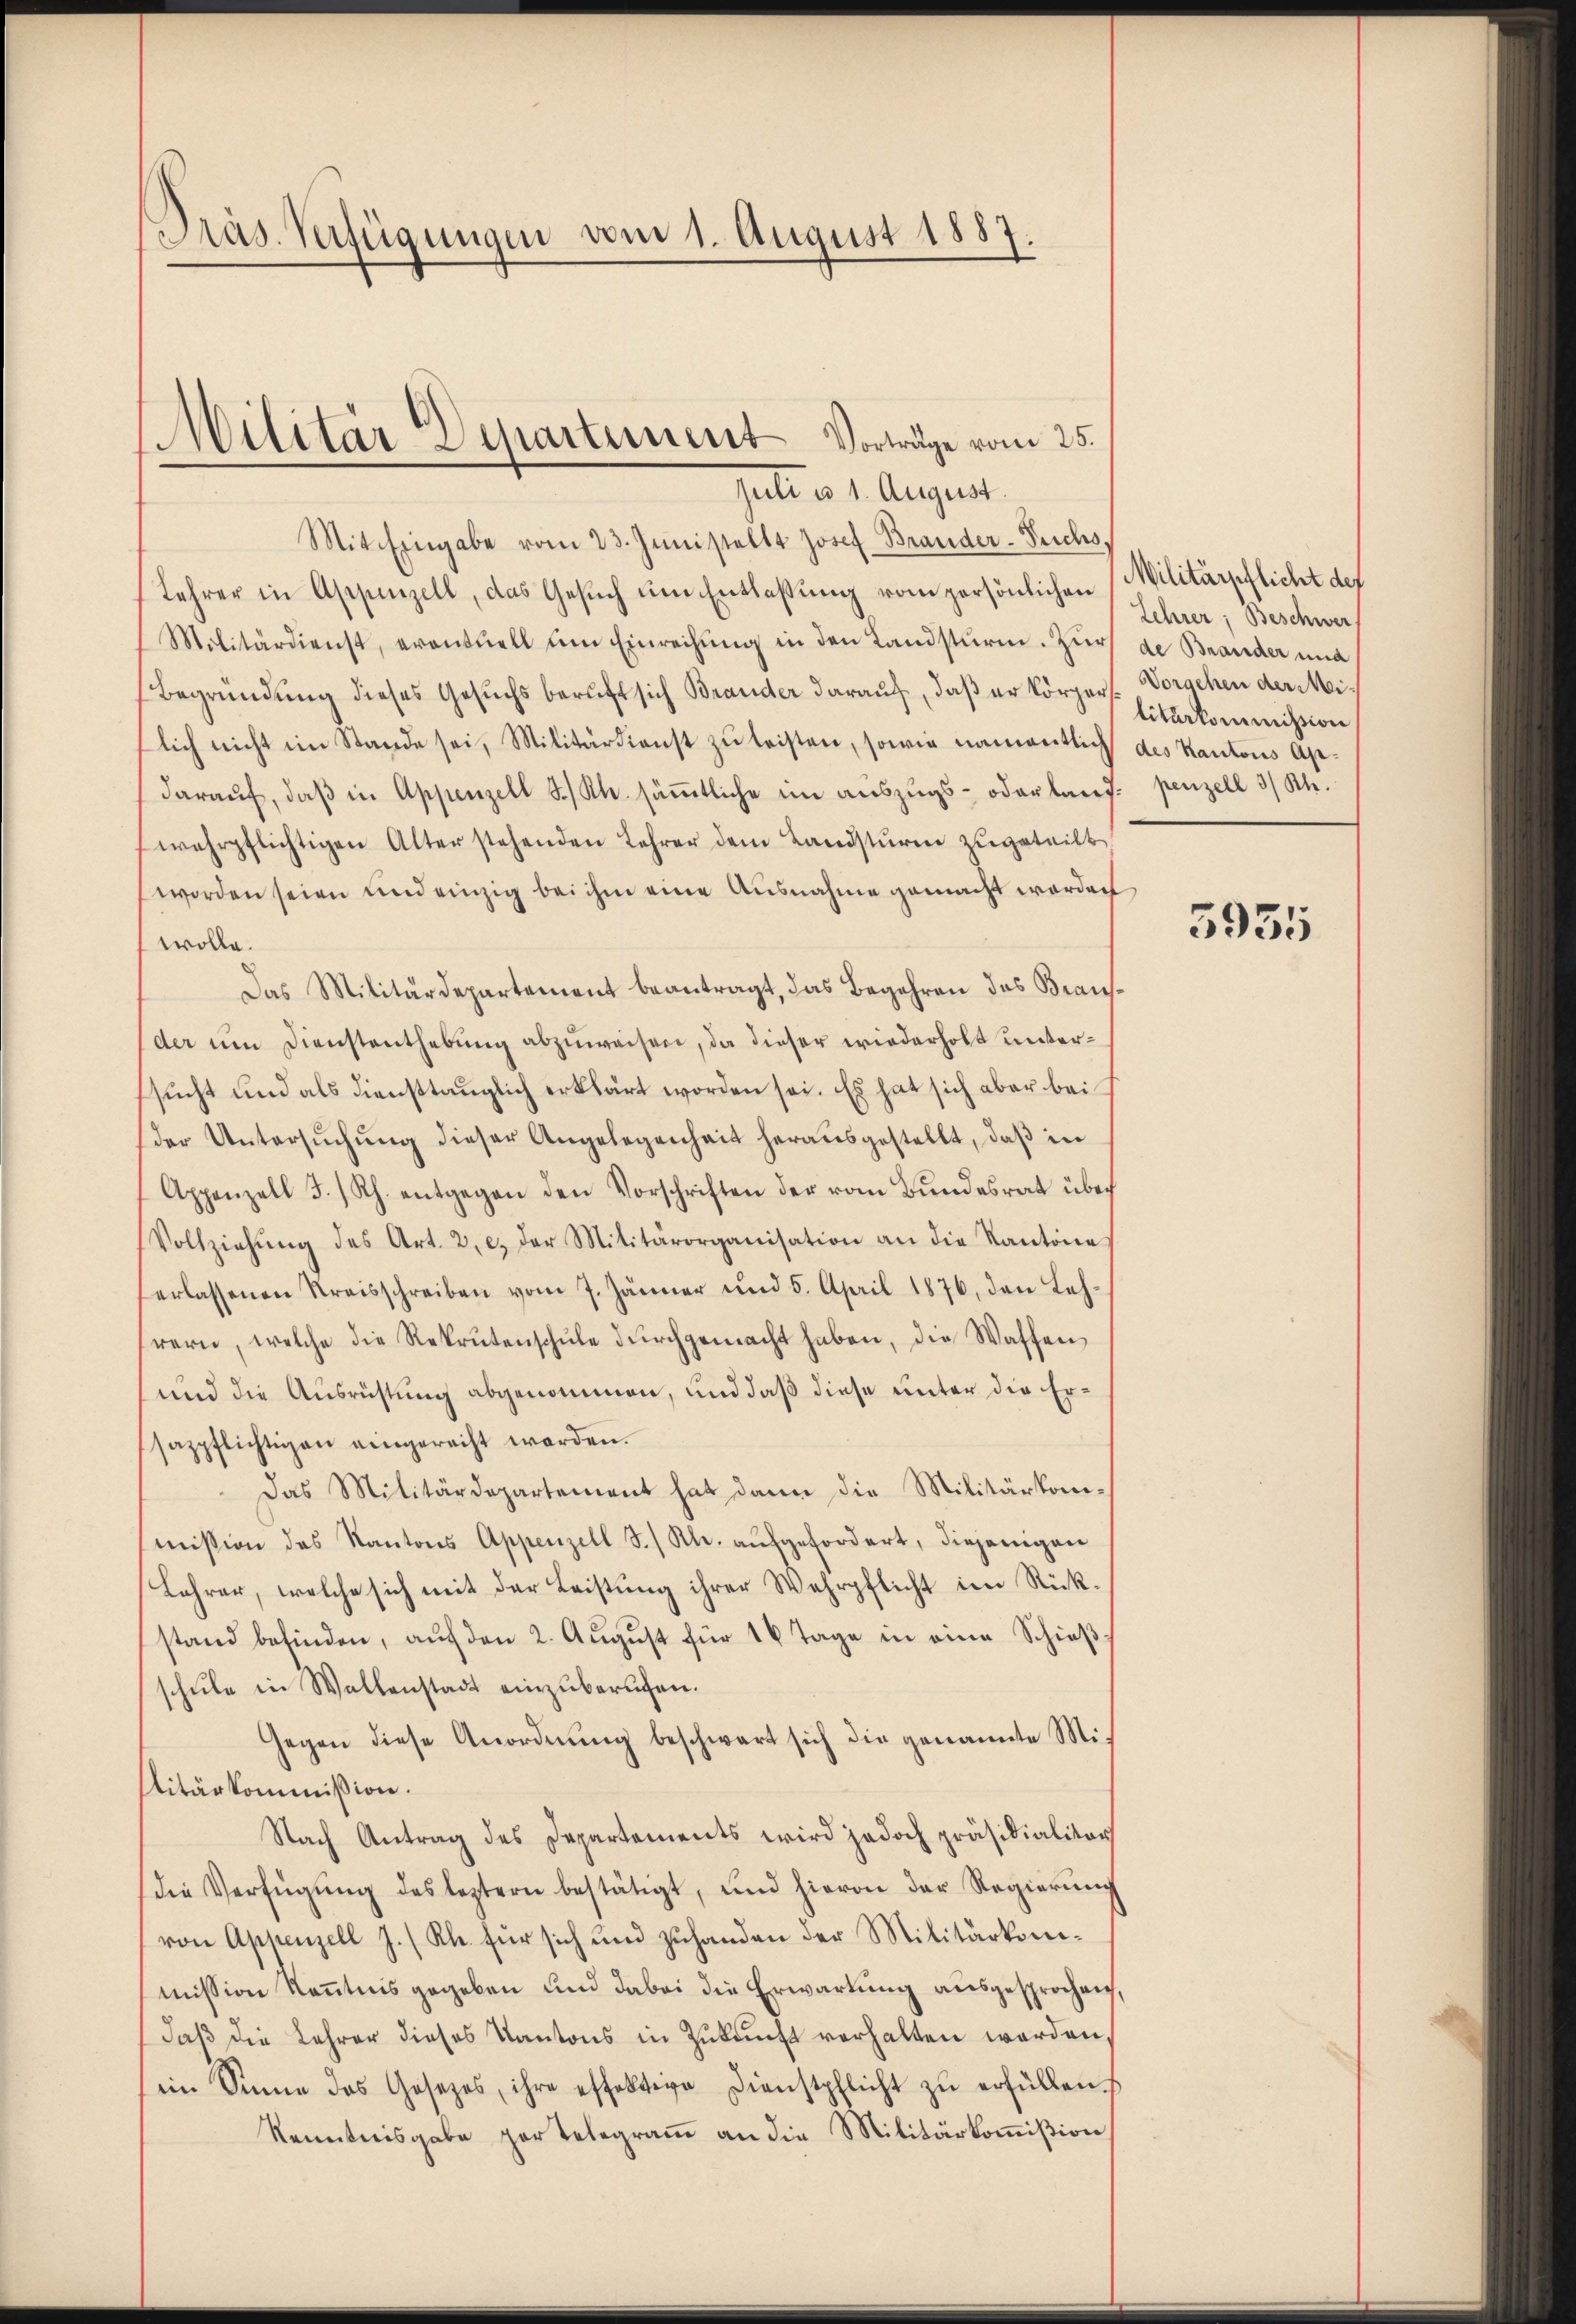
Präs. Verfügungen vom 1. August 1887.

Militär Departement Vorträge vom 25.
Juli v. 1. August.

Mit Eingabe vom 23. Junistellt Josef Brander-Seichs,
Lehrer in Appenzell, das Gesŭch ŭm Entlassung vom persönlichen
Malitärdienst, eventuell ŭm Einrechŭng in den Landsturm. Zŭr de Brander und
Begründung dieses Gesuchs beruft sich Brander darauf, daß er körper Vorschen der Milich nicht im Stande sei, Militärdienst zu leisten, sowie namentlich
daraŭf, daβ in Appenzell S. K. säṁtliche im aŭszŭgs- oder lang. penzell 3/ Kt.
wehrpflichtigen Alter stehenden Lehrer dem Landstŭrm zŭgeteilt
worden seien und einzig bei ihm eine Ausnahme gemacht worden
wolle.
Das Militärdepartement beantragt, das Begehren des Brausder im Dienstenthebŭng abzuweisen, da dieser wiederholt untersucht und als diensttauglich erklärt worden sei. Es hat sich aber bei
der Untersŭchŭng dieser Angelegenheit heraŭsgestellt, daβ in
Appenzell I/Rh. entgegen den Vorschriften der vom Bundesrat über
Vollziehŭng des Art. 2, c. der Militärorganisation an die Kantona
erlassenen Kreisschreiben vom 7. Jänner und 5. April 1876, den Lehhrern, welche die Rekrutenschŭle dŭrchgemacht haben, die Waffen
und die Ausrüstung abgenommen, und daß diese unter die Ersazpflichtigen eingerecht werden.
Das Militärdepartement hat dann die Militärkommission des Kantons Appenzell S./ Kl. aufgefordert, diejenigen
Lehrer, welche sich mit der Leistung ihrer Wehrpflicht im Rückstand befinden, auf den 2. August für 16 Tage in eine Schießschule in Wallenstadt einzuberufen.
Gegen diese Anordnung beschwart sich die genannte Militärkommißion.
Nach Antrag des Departements wird jedoch präsidialitär
die Verfügŭng des leztern bestätigt, und hievon der Regierŭng
von Appenzell J./Rh. für sich und zuhanden der Militärkomimission Kenntnis gegeben und dabei die Erwartung ausgesprochen.
daß die Lehrer dieses Kantons in Zukunft verhalten werden,
ein Sinne das Gesetzes, ihre effektive Dienstpflicht zŭ erfüllen.
Kenntnisgabe par telegramm an die Militärkommißion

Militärpflicht des
Lehrer, Beschwer
litärkommission
des Kantons Ap¬

3931